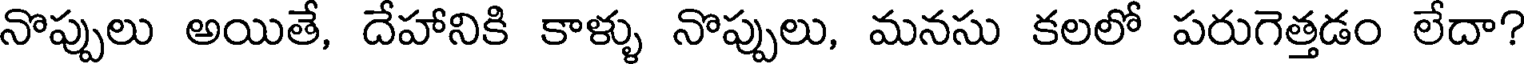
నొప్పులు అయితే, దేహానికి కాళ్ళు నొప్పులు, మనసు కలలో పరుగెత్తడం లేదా?